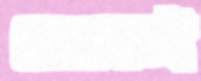
মেঝেতেই